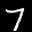
Label: 7